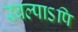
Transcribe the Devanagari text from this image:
स्वल्पाऽपि